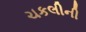
ચકલીની